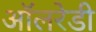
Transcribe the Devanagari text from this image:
ऑलरेडी